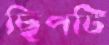
ছিপটি